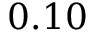
0 . 1 0